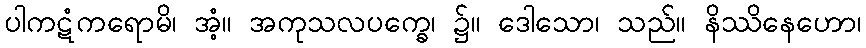
ပါကဋံကရောမိ၊ အံ့။ အကုသလပက္ခေ၊ ၌။ ဒေါသော၊ သည်။ နိဿိနေဟော၊